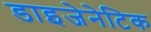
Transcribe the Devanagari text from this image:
डाइजेनेटिक